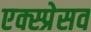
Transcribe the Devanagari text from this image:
एक्स्प्रेसव